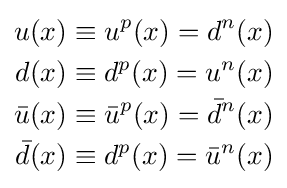
{\begin{aligned}u(x)&\equiv u^{p}(x)=d^{n}(x)\\d(x)&\equiv d^{p}(x)=u^{n}(x)\\{\bar {u}}(x)&\equiv {\bar {u}}^{p}(x)={\bar {d}}^{n}(x)\\{\bar {d}}(x)&\equiv d^{p}(x)={\bar {u}}^{n}(x)\\\end{aligned}}